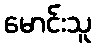
မောင်းသူ